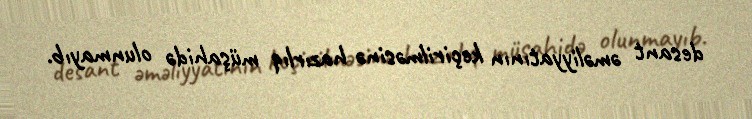
desant əməliyyatının keçirilməsinə hazırlıq müşahidə olunmayıb.